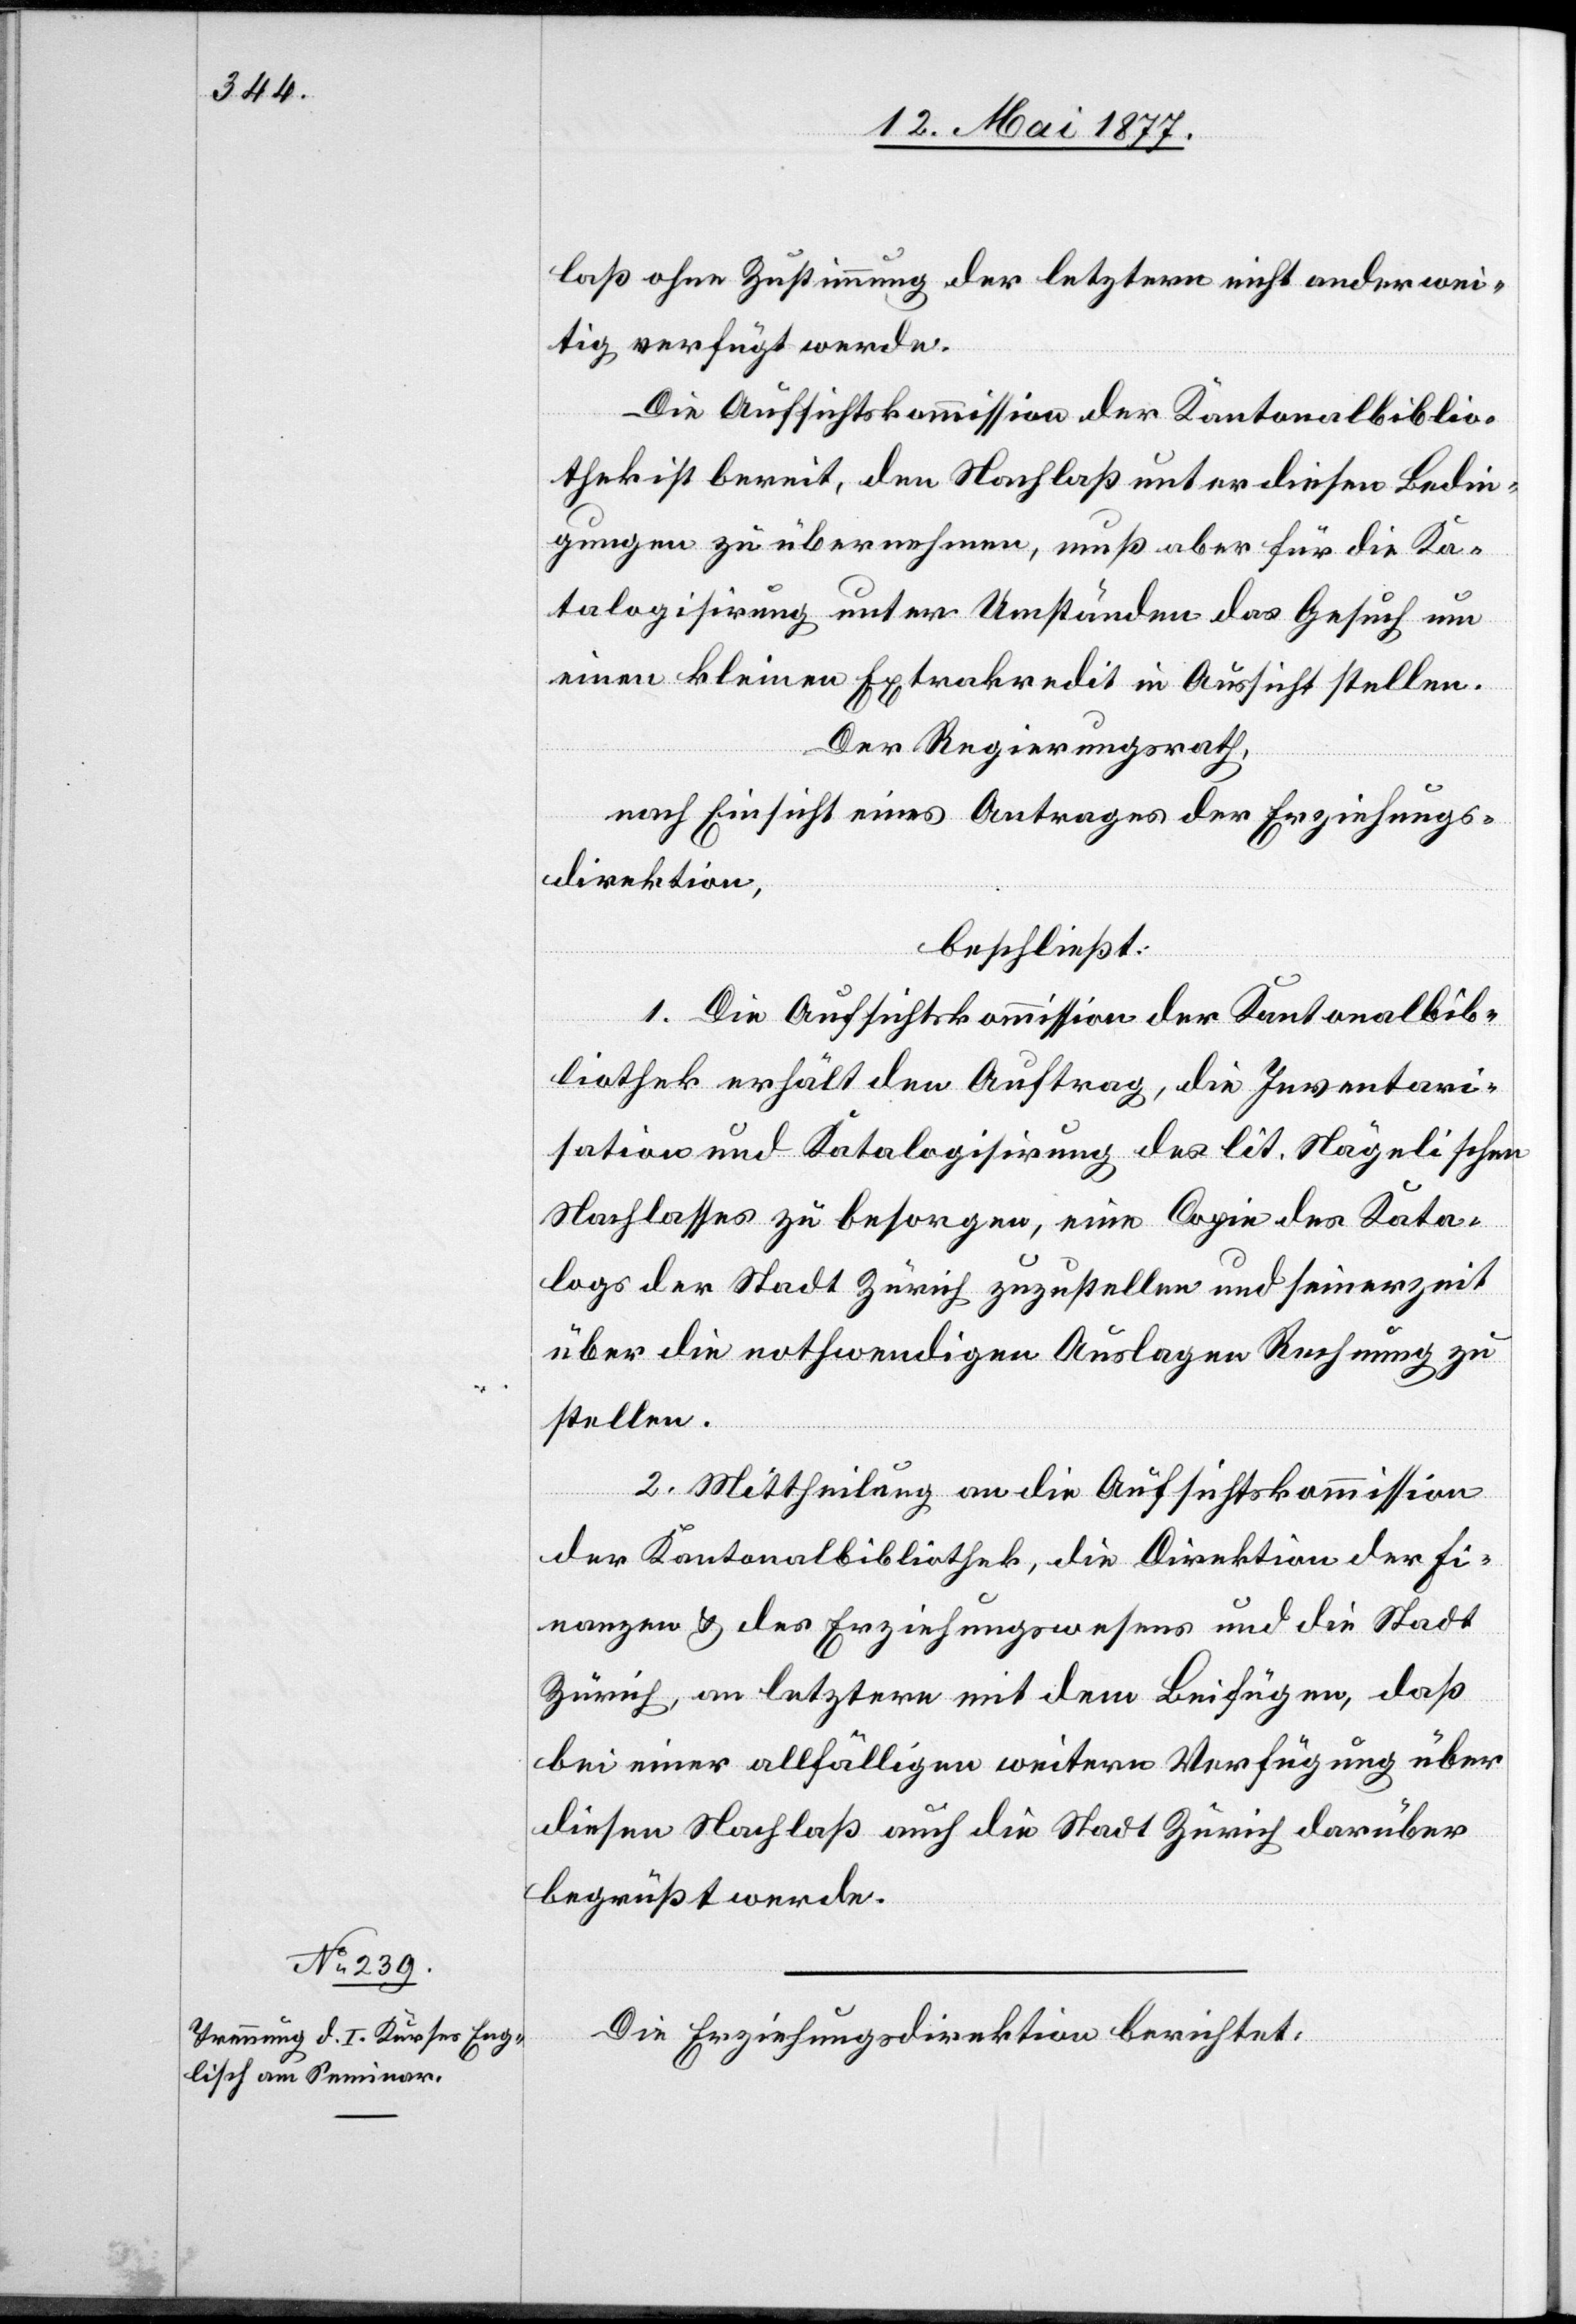
laß ohne Zustimmung der letztern nicht anderwei¬
tig verfügt werde.
Die Aufsichtskommission der Kantonalbiblio¬
thek ist bereit, den Nachlaß unter diesen Bedin¬
gungen zu übernehmen, muß aber für die Ka¬
talogisirung unter Umständen das Gesuch um
einen kleinen Extrakredit in Aussicht stellen.
Der Regierungsrath,
nach Einsicht eines Antrages der Erziehungs¬
direktion,
beschließt:
1. Die Aufsichtskommission der Kantonalbib¬
liothek erhält den Auftrag, die Inventari¬
sation und Katalogisirung des lit. Nägeli’schen
Nachlasses zu besorgen, eine Copie des Kata¬
logs der Stadt Zürich zuzustellen und seinerzeit
über die nothwendigen Auslagen Rechnung zu
stellen.
2. Mittheilung an die Aufsichtskommission
der Kantonalbibliothek, die Direktion[en] der Fi¬
nanzen & des Erziehungswesens und die Stadt
Zürich, an letztere mit dem Beifügen, daß
bei einer allfälligen weitern Verfügung über
diesen Nachlaß auch die Stadt Zürich darüber
begrüßt werde.
Die Erziehungsdirektion berichtet: